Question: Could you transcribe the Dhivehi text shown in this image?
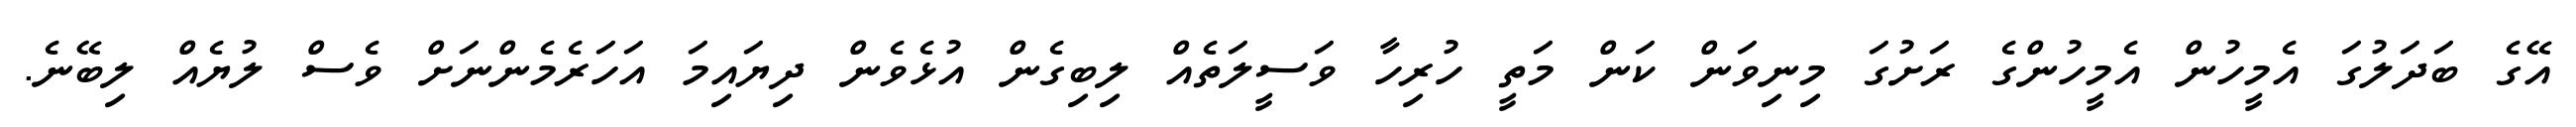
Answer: އޭގެ ބަދަލުގަ އެމީހުން އެމީހުންގެ ރަށުގަ މިނިވަން ކަން މަތީ ހުރިހާ ވަސީލަތެއް ލިބިގެން އުޅެވެން ދިޔައިމަ އަހަރެމެންނަށް ވެސް ލުޔެއް ލިބޭނެ.